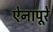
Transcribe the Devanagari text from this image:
ऐनापूरे